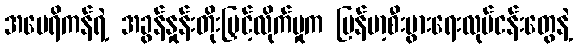
အမေရိကန်ရဲ့ အခွန်နှုန်းတိုးမြှင့်လိုက်မှုက မြန်မာ့စီးပွားရေးလုပ်ငန်းတွေနဲ့